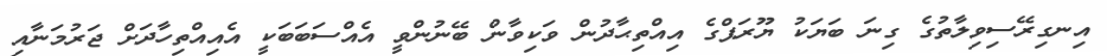
އިނގިރޭސިވިލާތުގެ ގިނަ ބަޔަކު ޔޫރަޕްގެ އިއްތިޙާދުން ވަކިވާން ބޭނުންވީ އެއްސަބަބަކީ އެއިއްތިހާދަށް ޖަރުމަނާއި